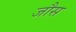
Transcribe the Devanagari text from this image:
जौस